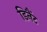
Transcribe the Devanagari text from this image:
डिनैंट